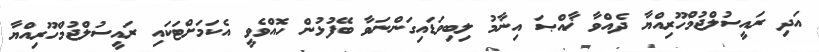
އަދި ރައީސުލްޖުމްހޫރިއްޔާ ދެއްވާ ޚާއްޞަ އިނާމު ލިބިވަޑައިގަންނަވާ ބޭފުޅުން ހޮއްވެވީ އެކަމަށްޓަކައި ރައީސުލްޖުމްހޫރިއްޔާ